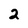
Character: 2